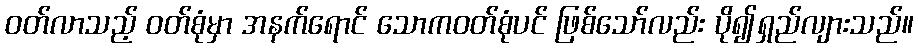
ဝတ်လာသည့် ဝတ်စုံမှာ အနက်ရောင် သောကဝတ်စုံပင် ဖြစ်သော်လည်း ပို၍ရှည်လျားသည်။